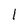
Character: 1